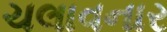
ચલાવનાર